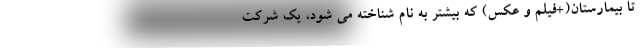
تا بیمارستان(+فیلم و عکس) که بیشتر به نام شناخته می شود، یک شرکت